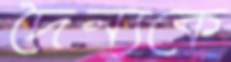
দৈন্যকে